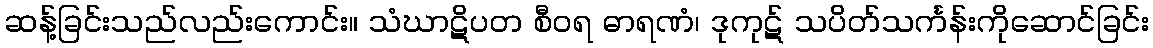
ဆန့်ခြင်းသည်လည်းကောင်း။ သံဃာဋိပတ စီဝရ ဓာရဏံ၊ ဒုကုဋ် သပိတ်သင်္ကန်းကိုဆောင်ခြင်း